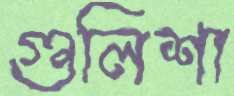
গুলিশা